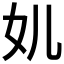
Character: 𱙂